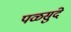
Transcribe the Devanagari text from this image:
पळसुंदे